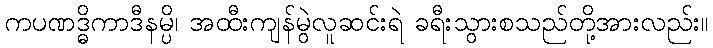
ကပဏဒ္ဓိကာဒီနမ္ပိ၊ အထီးကျန်မွဲလူဆင်းရဲ ခရီးသွားစသည်တို့အားလည်း။